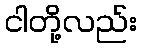
ငါတို့လည်း